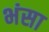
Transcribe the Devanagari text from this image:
भंसा